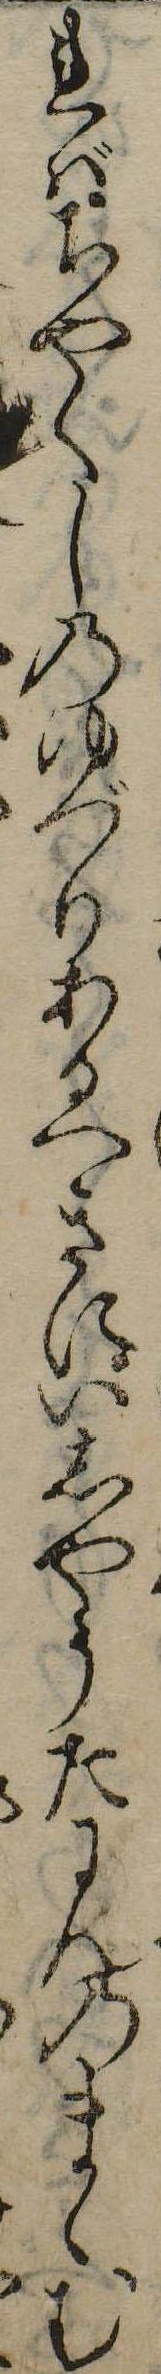
ればちやくしのゆづりあるへきにいしやうたにんのまゝむ